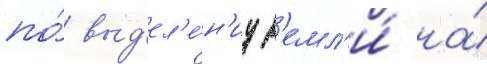
по́ выд'ел'е́н'иу з'емл'и́ на́